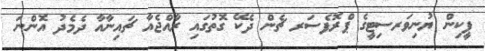
ޕީކިން ޔުނިވަރސިޓީގެ ޕްރޮފެސަރ ޗެން ދެކޭ ގޮތުގައި ރާއްޖެއާ ޗައިނާއާ ދެމެދު އޮންނަ